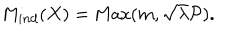
LaTeX: M _ { i n d } ( X ) = \mathrm { M a x } ( m , \sqrt { \lambda } { \cal P } ) .